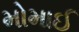
મોમાઈ